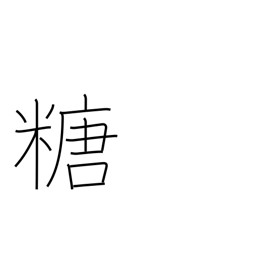
Meaning: sugar